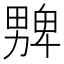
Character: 𱰾